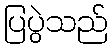
ပြပွဲသည်